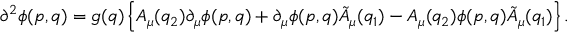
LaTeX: \partial ^ { 2 } \phi ( p , q ) = g ( q ) \left\{ A _ { \mu } ( q _ { 2 } ) \partial _ { \mu } \phi ( p , q ) + \partial _ { \mu } \phi ( p , q ) \tilde { A } _ { \mu } ( q _ { 1 } ) - A _ { \mu } ( q _ { 2 } ) \phi ( p , q ) \tilde { A } _ { \mu } ( q _ { 1 } ) \right\} .